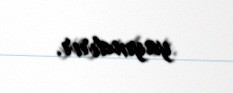
yayındırır.